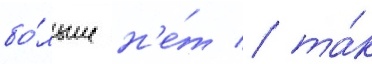
бо́льше н'е́т / та́к